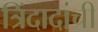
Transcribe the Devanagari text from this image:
त्रिंदादांची